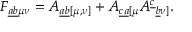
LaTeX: { F _ { \underline { { { a b } } } \mu \nu } } = { A _ { \underline { { { a b } } } [ \mu , \nu ] } } + { A _ { \underline { { { c a } } } [ \mu } A ^ { \underline { { { c } } } } { } _ { \underline { { { b } } } \nu ] } } .